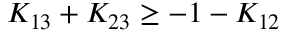
K _ { 1 3 } + K _ { 2 3 } \ge - 1 - K _ { 1 2 }